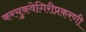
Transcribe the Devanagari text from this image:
करचुकवेगिरीप्रकरणी